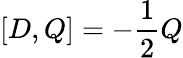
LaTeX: [D,Q]=-{\frac{1}{2}}Q